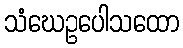
သံဃေဥပေါသထော